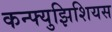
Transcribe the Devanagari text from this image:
कन्फ्युझिशियस